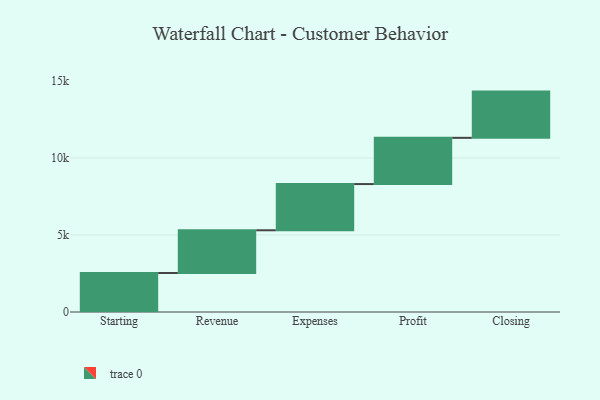
{"axis": {"x": "Step", "y": "Value"}, "legend": [""], "data": [{"x": "Starting", "y": 2531.0, "type": ""}, {"x": "Revenue", "y": 2772.0, "type": ""}, {"x": "Expenses", "y": 3000, "type": ""}, {"x": "Profit", "y": 3000, "type": ""}, {"x": "Closing", "y": 3000, "type": ""}]}